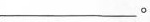
___。